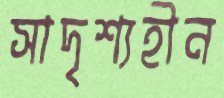
সাদৃশ্যহীন